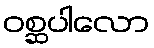
ဝစ္ဆပါလော